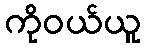
ကိုဝယ်ယူ